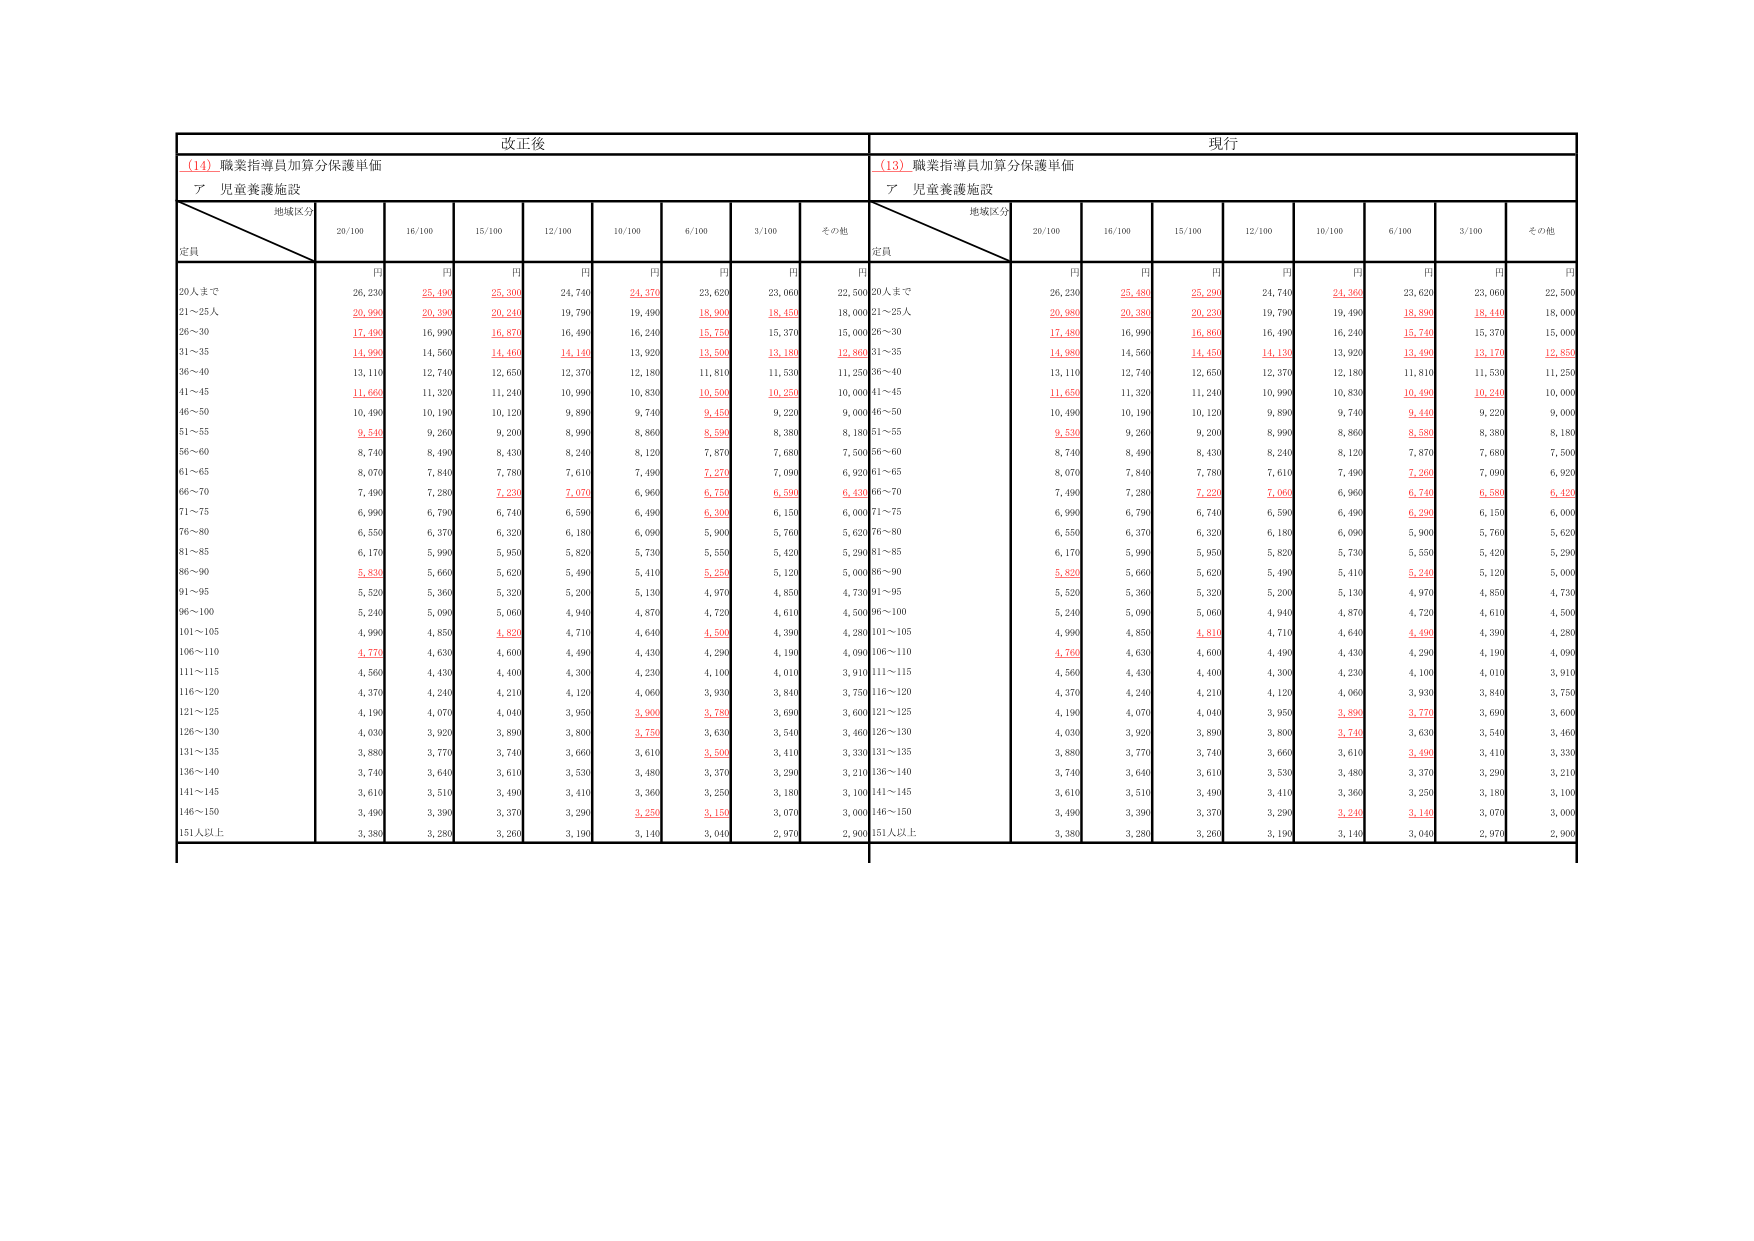
改正後
現行
(14) 職業指導員加算分保護単価
(13) 職業指導員加算分保護単価
ア 児童養護施設
ア 児童養護施設
地域区分
地域区分
定員
20/100
16/100
15/100
12/100
10/100
6/100
3/100
その他
定員
20/100
16/100
15/100
12/100
10/100
6/100
3/100
その他
円
円
円
円
円
円
円
円
円
円
円
円
円
円
円
円
円
円
20人まで
26,230
25,490
25,300
24,740
24,370
23,620
23,060
22,500
20人まで
26,230
25,480
25,290
24,740
24,360
23,620
23,060
22,500
21～25人
20,990
20,390
20,240
19,790
19,490
18,900
18,450
18,000
21～25人
20,980
20,380
20,230
19,790
19,490
18,890
18,440
18,000
26～30
17,490
16,990
16,870
16,490
16,240
15,750
15,370
15,000
26～30
17,480
16,990
16,860
16,490
16,240
15,740
15,370
15,000
31～35
14,990
14,560
14,460
14,140
13,920
13,500
13,180
12,800
31～35
14,980
14,560
14,450
14,130
13,920
13,490
13,170
12,850
36～40
13,110
12,740
12,650
12,370
12,180
11,810
11,530
11,250
36～40
13,110
12,740
12,650
12,370
12,180
11,810
11,530
11,250
41～45
11,660
11,320
11,240
10,990
10,830
10,500
10,250
10,000
41～45
11,650
11,320
11,240
10,990
10,830
10,490
10,240
10,000
46～50
10,490
10,190
10,120
9,890
9,740
9,450
9,220
9,000
46～50
10,490
10,190
10,120
9,890
9,740
9,440
9,220
9,000
51～55
9,540
9,260
9,200
8,990
8,860
8,590
8,380
8,180
51～55
9,530
9,260
9,200
8,990
8,860
8,580
8,380
8,180
56～60
8,740
8,490
8,430
8,240
8,120
7,870
7,680
7,500
56～60
8,740
8,490
8,430
8,240
8,120
7,870
7,680
7,500
61～65
8,070
7,840
7,780
7,610
7,490
7,270
7,090
6,920
61～65
8,070
7,840
7,780
7,610
7,490
7,260
7,090
6,920
66～70
7,490
7,280
7,220
7,070
6,960
6,750
6,590
6,430
66～70
7,490
7,280
7,220
7,060
6,960
6,740
6,580
6,420
71～75
6,990
6,790
6,740
6,590
6,490
6,300
6,150
6,000
71～75
6,990
6,790
6,740
6,590
6,490
6,290
6,150
6,000
76～80
6,550
6,370
6,320
6,180
6,090
5,900
5,760
5,620
76～80
6,550
6,370
6,320
6,180
6,090
5,900
5,760
5,620
81～85
6,170
5,990
5,950
5,820
5,730
5,550
5,420
5,290
81～85
6,170
5,990
5,950
5,820
5,730
5,550
5,420
5,290
86～90
5,830
5,660
5,620
5,490
5,410
5,250
5,120
5,000
86～90
5,820
5,660
5,620
5,490
5,410
5,240
5,120
5,000
91～95
5,520
5,360
5,320
5,200
5,130
4,970
4,850
4,730
91～95
5,520
5,360
5,320
5,200
5,130
4,970
4,850
4,730
96～100
5,240
5,090
5,060
4,940
4,870
4,720
4,610
4,500
96～100
5,240
5,090
5,060
4,940
4,870
4,720
4,610
4,500
101～105
4,990
4,850
4,820
4,710
4,640
4,500
4,390
4,280
101～105
4,990
4,850
4,810
4,710
4,640
4,490
4,390
4,280
106～110
4,770
4,630
4,600
4,490
4,430
4,290
4,190
4,090
106～110
4,760
4,630
4,600
4,490
4,430
4,290
4,190
4,090
111～115
4,560
4,430
4,400
4,300
4,230
4,100
4,010
3,910
111～115
4,560
4,430
4,400
4,300
4,230
4,100
4,010
3,910
116～120
4,370
4,240
4,210
4,120
4,060
3,930
3,840
3,750
116～120
4,370
4,240
4,210
4,120
4,060
3,930
3,840
3,750
121～125
4,190
4,070
4,040
3,950
3,900
3,780
3,690
3,600
121～125
4,190
4,070
4,040
3,950
3,890
3,770
3,690
3,600
126～130
4,030
3,920
3,890
3,800
3,750
3,630
3,540
3,460
126～130
4,030
3,920
3,890
3,800
3,740
3,630
3,540
3,460
131～135
3,880
3,770
3,740
3,660
3,610
3,500
3,410
3,330
131～135
3,880
3,770
3,740
3,660
3,610
3,490
3,410
3,330
136～140
3,740
3,640
3,610
3,530
3,480
3,370
3,290
3,210
136～140
3,740
3,640
3,610
3,530
3,480
3,370
3,290
3,210
141～145
3,610
3,510
3,490
3,410
3,360
3,250
3,180
3,100
141～145
3,610
3,510
3,490
3,410
3,360
3,250
3,180
3,100
146～150
3,490
3,390
3,370
3,290
3,250
3,150
3,070
3,000
146～150
3,490
3,390
3,370
3,290
3,240
3,140
3,070
3,000
151人以上
3,380
3,280
3,260
3,190
3,140
3,040
2,970
2,900
151人以上
3,380
3,280
3,260
3,190
3,140
3,040
2,970
2,900